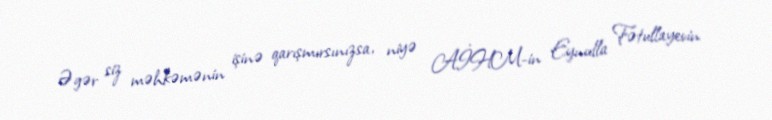
Əgər siz məhkəmənin işinə qarışmırsınızsa, niyə AİHM-in Eynulla Fətullayevin